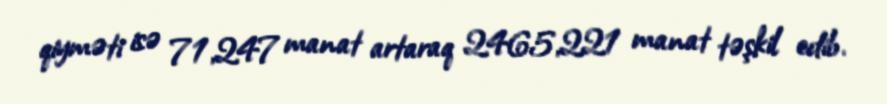
qiyməti isə 71,247 manat artaraq 2465,221 manat təşkil edib.